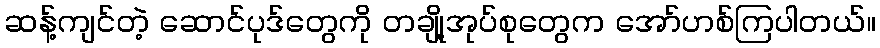
ဆန့်ကျင်တဲ့ ဆောင်ပုဒ်တွေကို တချို့အုပ်စုတွေက အော်ဟစ်ကြပါတယ်။